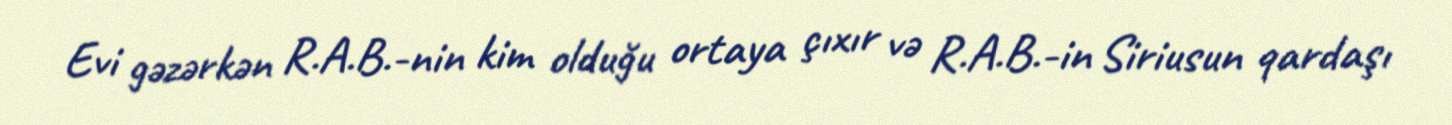
Evi gəzərkən R.A.B.-nin kim olduğu ortaya çıxır və R.A.B.-in Siriusun qardaşı